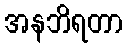
အနဘိရတာ